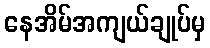
နေအိမ်အကျယ်ချုပ်မှ